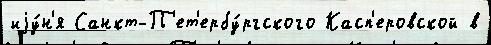
иjу́н'я Санкт-П'ет'ербу́ргского Касп'еровской в